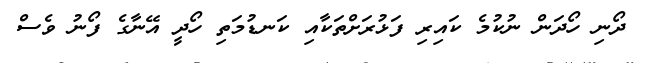
ދޯނި ހޯދަން ނުކުމެ ކައިރި ފަޅުރަށްތަކާއި ކަނޑުމަތި ހޯދީ އޭނާގެ ފޯނު ވެސް